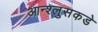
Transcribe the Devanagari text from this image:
आन्श्लुसकडे